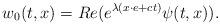
LaTeX: \begin{align*} w_{0}(t,x) = Re(e^{\lambda(x\cdot e+ct)}\psi(t,x)).\end{align*}